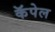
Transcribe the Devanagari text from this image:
कॅपेल